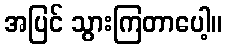
အပြင် သွားကြတာပေါ့။